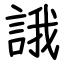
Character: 誐